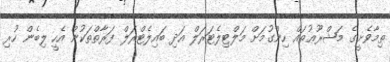
ތިމާވެށީގެ މަޝްރޫޢުތައް ހިންގުމަށް މަލްޓިލެޓަރަލް އަދި ބައިލެޓްރަލް ފަރާތްތަކުން އެހީ ލިބެން ހުރި